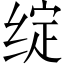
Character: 绽